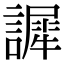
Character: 䜄